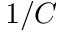
1 / C